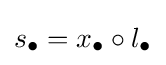
s_{\bullet }=x_{\bullet }\circ l_{\bullet }